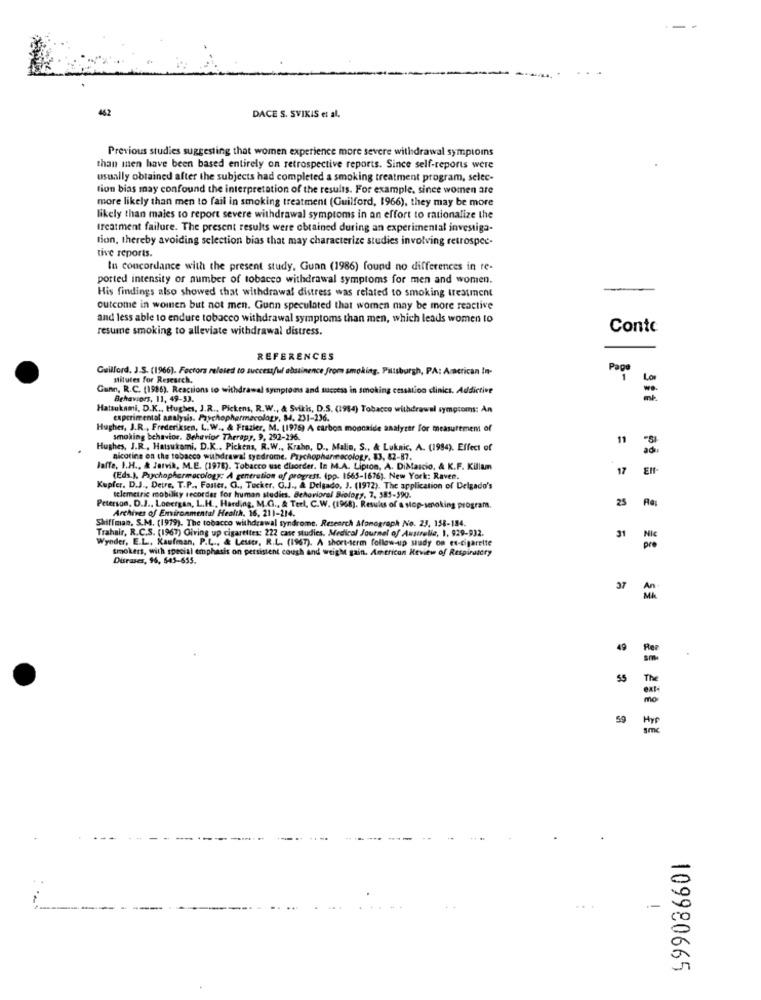
462
DACE S. SVIKIS et al.
Previous studies suggesting that women experience more severe withdrawal symptoms
than men have been based entirely on retrospective reports. Since self-reports were
usually obtained after the subjects had completed a smoking treatment program, selec-
tion bias may confound the interpretation of the results. For example, since women are
more likely than men to fail in smoking treatment (Guilford, 1966), they may be more
likely than males to report severe withdrawal symptoms in an effort to rationalize the
treatment failure. The present results were obtained during an experimental investiga-
tion, thereby avoiding selection bias that may characterize studies involving retrospec-
tive reports.
In concordance with the present study, Gunn (1986) found no differences in te-
ported intensity or number of tobacco withdrawal symptoms for men and women.
His findings also showed that withdrawal distress was related to smoking treatment
cutcome in women but not men. Gunn speculated that women may be more reactive
and less able to endure tobacco withdrawal symptoms than men, which leads women to
resume smoking to alleviate withdrawal distress.
Conte
REFERENCES
Guilford, J.S. (1966). Factors related to successful abstinence from smoking, Pittsburgh, PA: American In-
Pape
stitutes for Research.
Gunn, R.C. (1986). Reactions to withdrawal symptoms and success in smoking cessation clinics. Addictive
Behaviors, 11, 49-53.
Hatsukami, D.K ., Hughes, J.R ., Pickens, R.W ., & Svikis, D.S. (1984) Tobacco withdrawal symptoms: An
experimental analysis. Psychopharmacology, 84. 231-236.
Hughes, J.R ., Frederiksen, L. W ., & Frazier, M. (1976) A carbon moocaide analyzer for measurement of
smoking behavior. Behavior Therapy, 9, 292-296.
11
Hughes, J.R . Hatsukami. D.K .. Pickens, R.W ., Krahn, D ., Malin, S ., & Luknic, A. (1994). Effect of
nicotine on the tobacco withdrawal syndrome. Psychopharmacology. 83, 82-87.
Jaffe, I.H ., & Jarvik, M.E. (1978). Tobacco use disorder. In M.A. Lipton, A. DiMaicio, & K.F. Killun
17
(Eds.), Psychopharmacology: A generation of progress. (pp. 1665-1676). New York: Raven.
Kupfer. D.J ., Detre, T.P ., Faster, O ., Tucker. O.J ., & Delgado, J. (1972). The application of Delgado's
telemetrie mobility recorder for human studies. Behavioral Biology, 7, 581-590.
25
Peterson, D.J ., Lonergan, L.H ., Harding, M.G ., & Terl, C.W. (1968). Results of a stop-smoking program.
Archives of Environmental Health, 16, 211-214.
Shiffman, S.M. (1979). The tobacco withdrawal syndrome. Research Afonograph No. 23, 158-184.
Trahair, R.C.S. (1967) Giving up cigarettes: 222 case studies. Medical Journal of Australia, 1. 929-932.
Wyoder, E.L ., Kaufman, P.L ., & Lesstr, R.L. (1967). A short-term follow-up study on ex-cigarette
31
Nic
tmokers, with special emphasis on persistent cough and weight gain. American Review of Respiratory
pro
Diseases, 96, 543-655.
37
MA
49
55
Th
mo
59
Hyp
smc
109980665